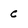
Character: C